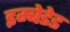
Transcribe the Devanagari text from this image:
इम्बेडेड